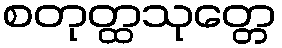
စတုတ္ထသုတ္တေ